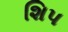
શિપ